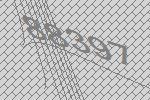
88397